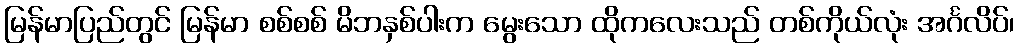
မြန်မာပြည်တွင် မြန်မာ စစ်စစ် မိဘနှစ်ပါးက မွေးသော ထိုကလေးသည် တစ်ကိုယ်လုံး အင်္ဂလိပ်၊